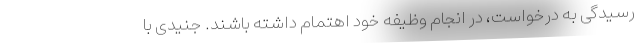
رسیدگی به درخواست، در انجام وظیفه خود اهتمام داشته باشند. جنیدی با